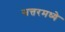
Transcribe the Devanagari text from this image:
सत्तरमध्ये